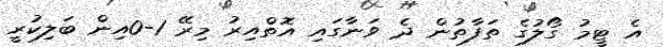
އެ ޓީމު ގޯލުގެ ތަފާތުން ދެ ވަނާގައި އޮތްއިރު މިރޭ 1-0އިން ބަލިކުރީ